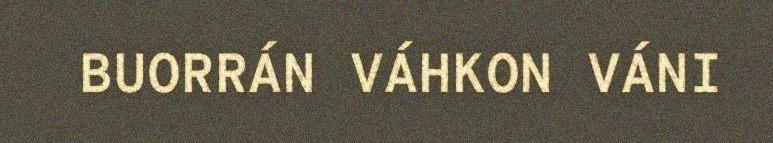
BUORRÁN VÁHKON VÁNI